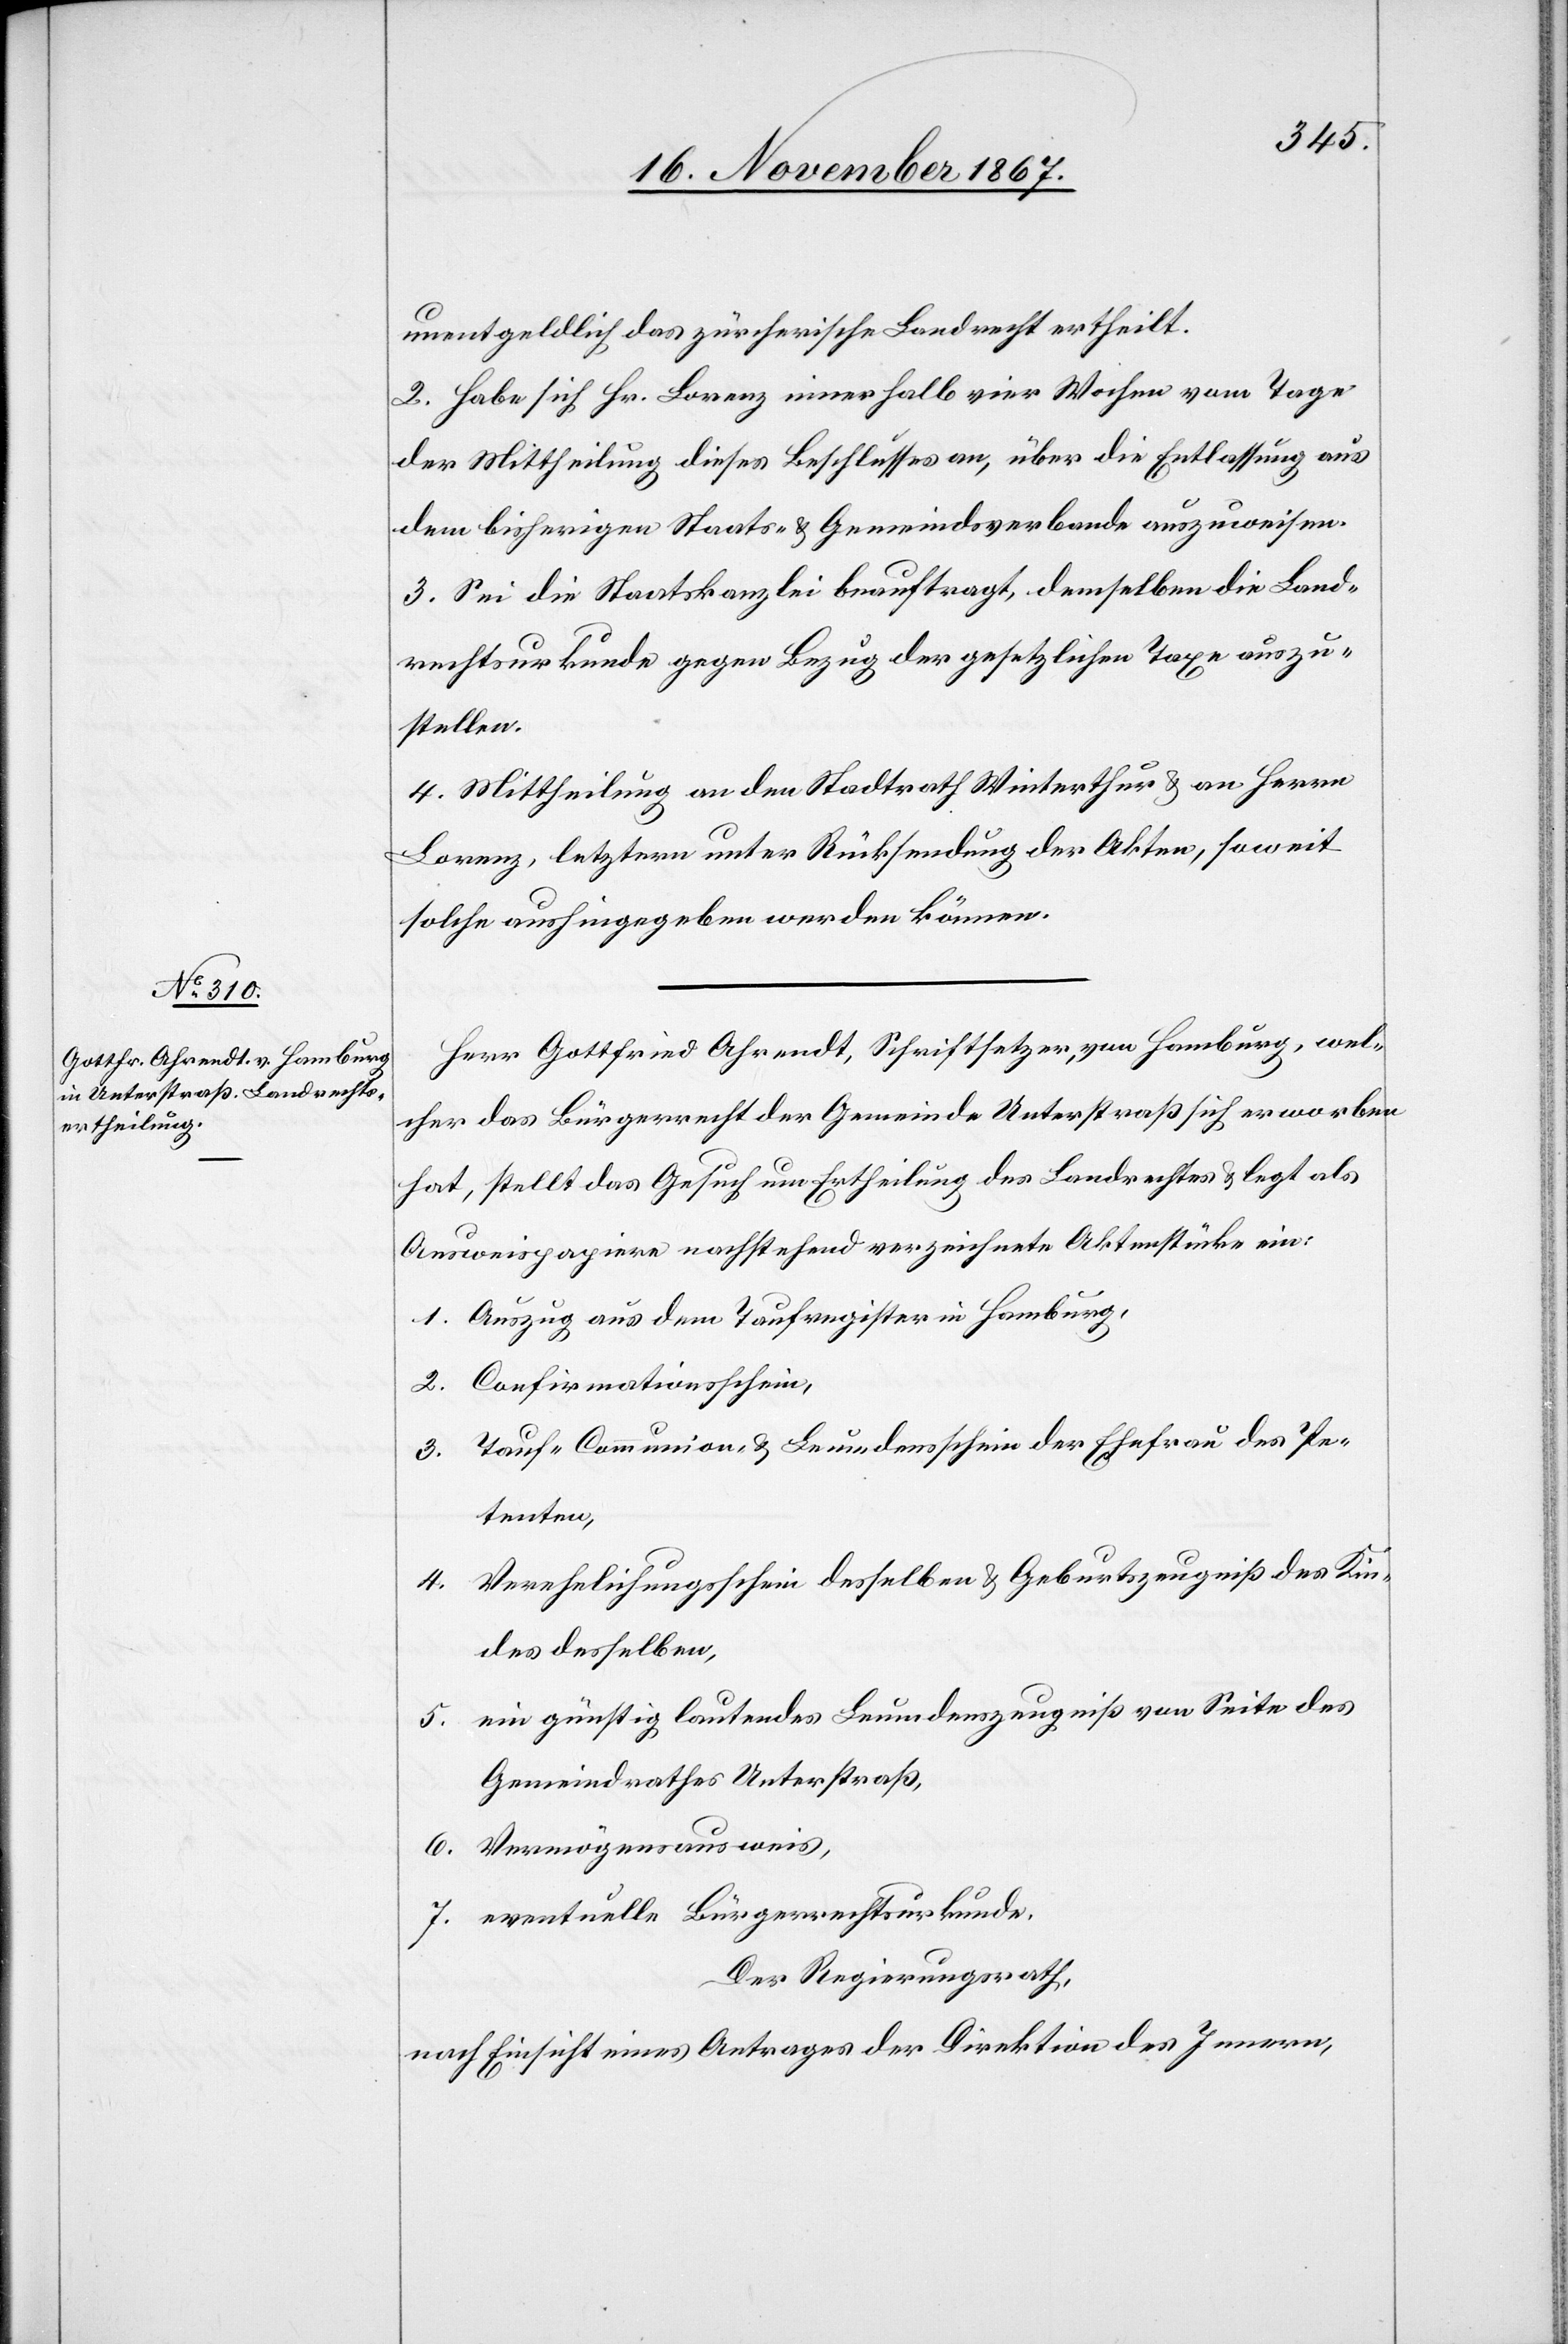
unentgeldlich das zürcherische Landrecht ertheilt.
2. Habe sich Hr. Lorenz innerhalb vier Wochen vom Tage
der Mittheilung dieses Beschlusses an, über die Entlassung aus
dem bisherigen Staats- u. Gemeindsverbande auszuweisen.
3. Sei die Staatskanzlei beauftragt, demselben die Land¬
rechtsurkunde gegen Bezug der gesetzlichen Taxe auszu¬
stellen.
4. Mittheilung an den Stadtrath Winterthur u. an Herrn
Lorenz, letztern unter Rücksendung der Akten, soweit
solche aushingegeben werden können.
Herr Gottfried Ahrendt, Schriftsetzer, von Hamburg, wel¬
cher das Bürgerrecht der Gemeinde Unterstraß sich erworben
hat, stellt das Gesuch um Ertheilung des Landrechtes u. legt als
Ausweispapier nachstehend verzeichnete Aktenstücke ein:
1. Auzug aus dem Taufregister in Hamburg,
2. Confirmationsschein,
3. Tauf-[,] Communion- u. Leumdensschein der Ehefrau des Pe¬
tenten,
Verehelichungsschein desselben u. Geburtszeugniß des Kin¬
4.
des desselben,
5. ein günstig lautendes Leumdenszeugniß von Seite des
Gemeindrathes Unterstraß,
6. Vermögensausweis,
7. eventuelle Bürgerrechtsurkunde.
Der Regierungsrath,
nach Einsicht eines Antrages der Direktion des Innern,